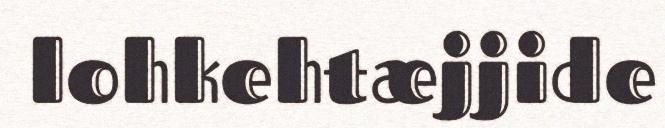
lohkehtæjjide